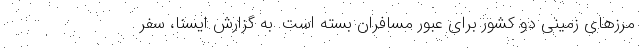
مرزهای زمینی دو کشور برای عبور مسافران بسته است. به گزارش ایسنا، سفر